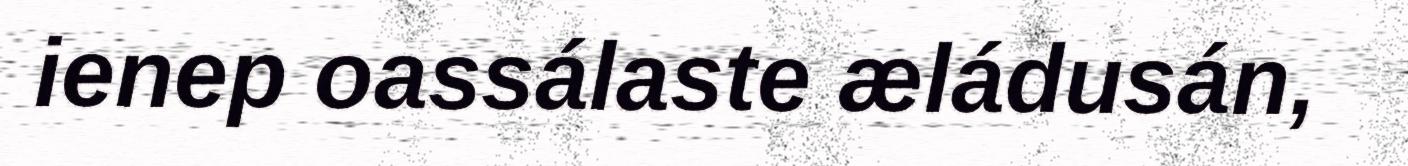
ienep oassálaste æládusán,